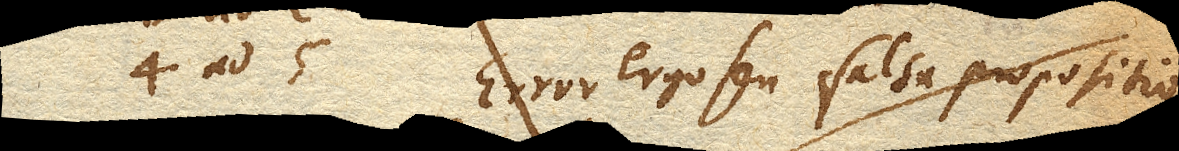
4 ad 5 Error ergo seu falsa propositio